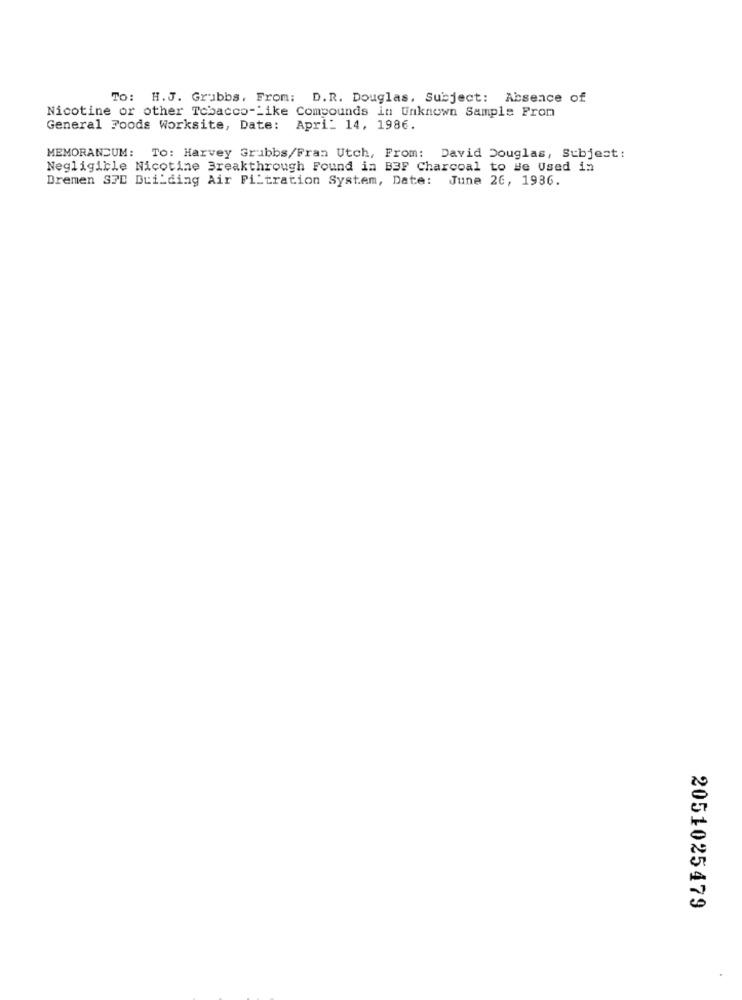
TO: H.J. Grubbs, From: D.R. Douglas, Subject: Absence of
Nicotine or other Tobacco-Like Compounds in Unknown Sample Prom
General Foods Worksite, Date: Apri_ 14, 1986.
MEMORANDUM: To: Harvey Grubbs/Fran Utch, From: David Douglas, Subject:
Negligible Nicotine Breakthrough Found in B3F Charcoal to Be Used in
Dremen STD Building Air Filtration System, Date: June 26, 1936.
2051025479